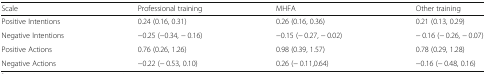
| Scale | Professional training | MHFA | Other training |
 | --- | --- | --- | --- |
 | Positive Intentions | 0.24 (0.16, 0.31) | 0.26 (0.16, 0.36) | 0.21 (0.13, 0.29) |
 | Negative Intentions | −0.25 (−0.34, − 0.16) | −0.15 (− 0.27, − 0.02) | − 0.16 (− 0.26, − 0.07) |
 | Positive Actions | 0.76 (0.26, 1.26) | 0.98 (0.39, 1.57) | 0.78 (0.29, 1.28) |
 | Negative Actions | −0.22 (− 0.53, 0.10) | 0.26 (− 0.11,0.64) | −0.16 (− 0.48, 0.16) |